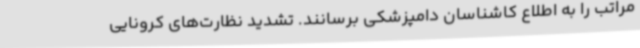
مراتب را به اطلاع کاشناسان دامپزشکی برسانند. تشدید نظارت‌های کرونایی